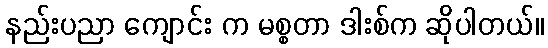
နည်းပညာ ကျောင်း က မစ္စတာ ဒါးစ်က ဆိုပါတယ်။